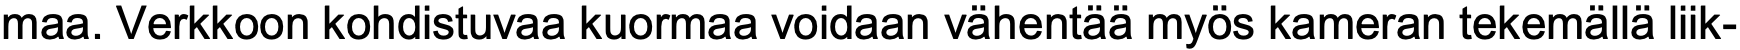
maa. Verkkoon kohdistuvaa kuormaa voidaan vähentää myös kameran tekemällä liik-